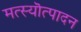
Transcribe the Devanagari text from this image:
मत्स्यॊत्पादन